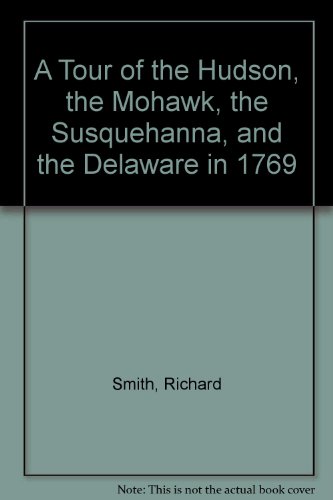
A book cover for A Tour of the Hudson, the Mohawk, the Susquehanna, and the Delaware in 1769; Richard Smith; Travel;